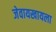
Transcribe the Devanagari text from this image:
जेवायखायला